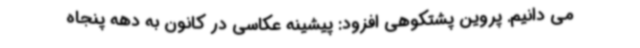
می دانیم. پروین پشتکوهی افزود: پیشینه عکاسی در کانون به دهه پنجاه